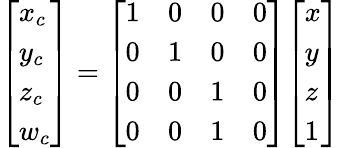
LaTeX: {\left[\begin{array}{l}{x_{c}}\\ {y_{c}}\\ {z_{c}}\\ {w_{c}}\end{array}\right]}={\left[\begin{array}{llll}{1}&{0}&{0}&{0}\\ {0}&{1}&{0}&{0}\\ {0}&{0}&{1}&{0}\\ {0}&{0}&{1}&{0}\end{array}\right]}{\left[\begin{array}{l}{x}\\ {y}\\ {z}\\ {1}\end{array}\right]}